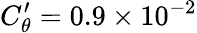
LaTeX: C_{\theta}^{\prime}=0.9\times 10^{-2}